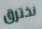
نخترق